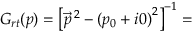
G _ { r t } ( p ) = { \left[ { \vec { p } } ^ { \, 2 } - { ( p _ { 0 } + i 0 ) } ^ { 2 } \right] } ^ { - 1 } =